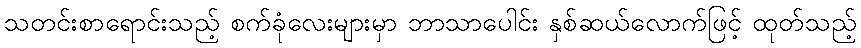
သတင်းစာရောင်းသည့် စက်ခုံလေးများမှာ ဘာသာပေါင်း နှစ်ဆယ်လောက်ဖြင့် ထုတ်သည့်